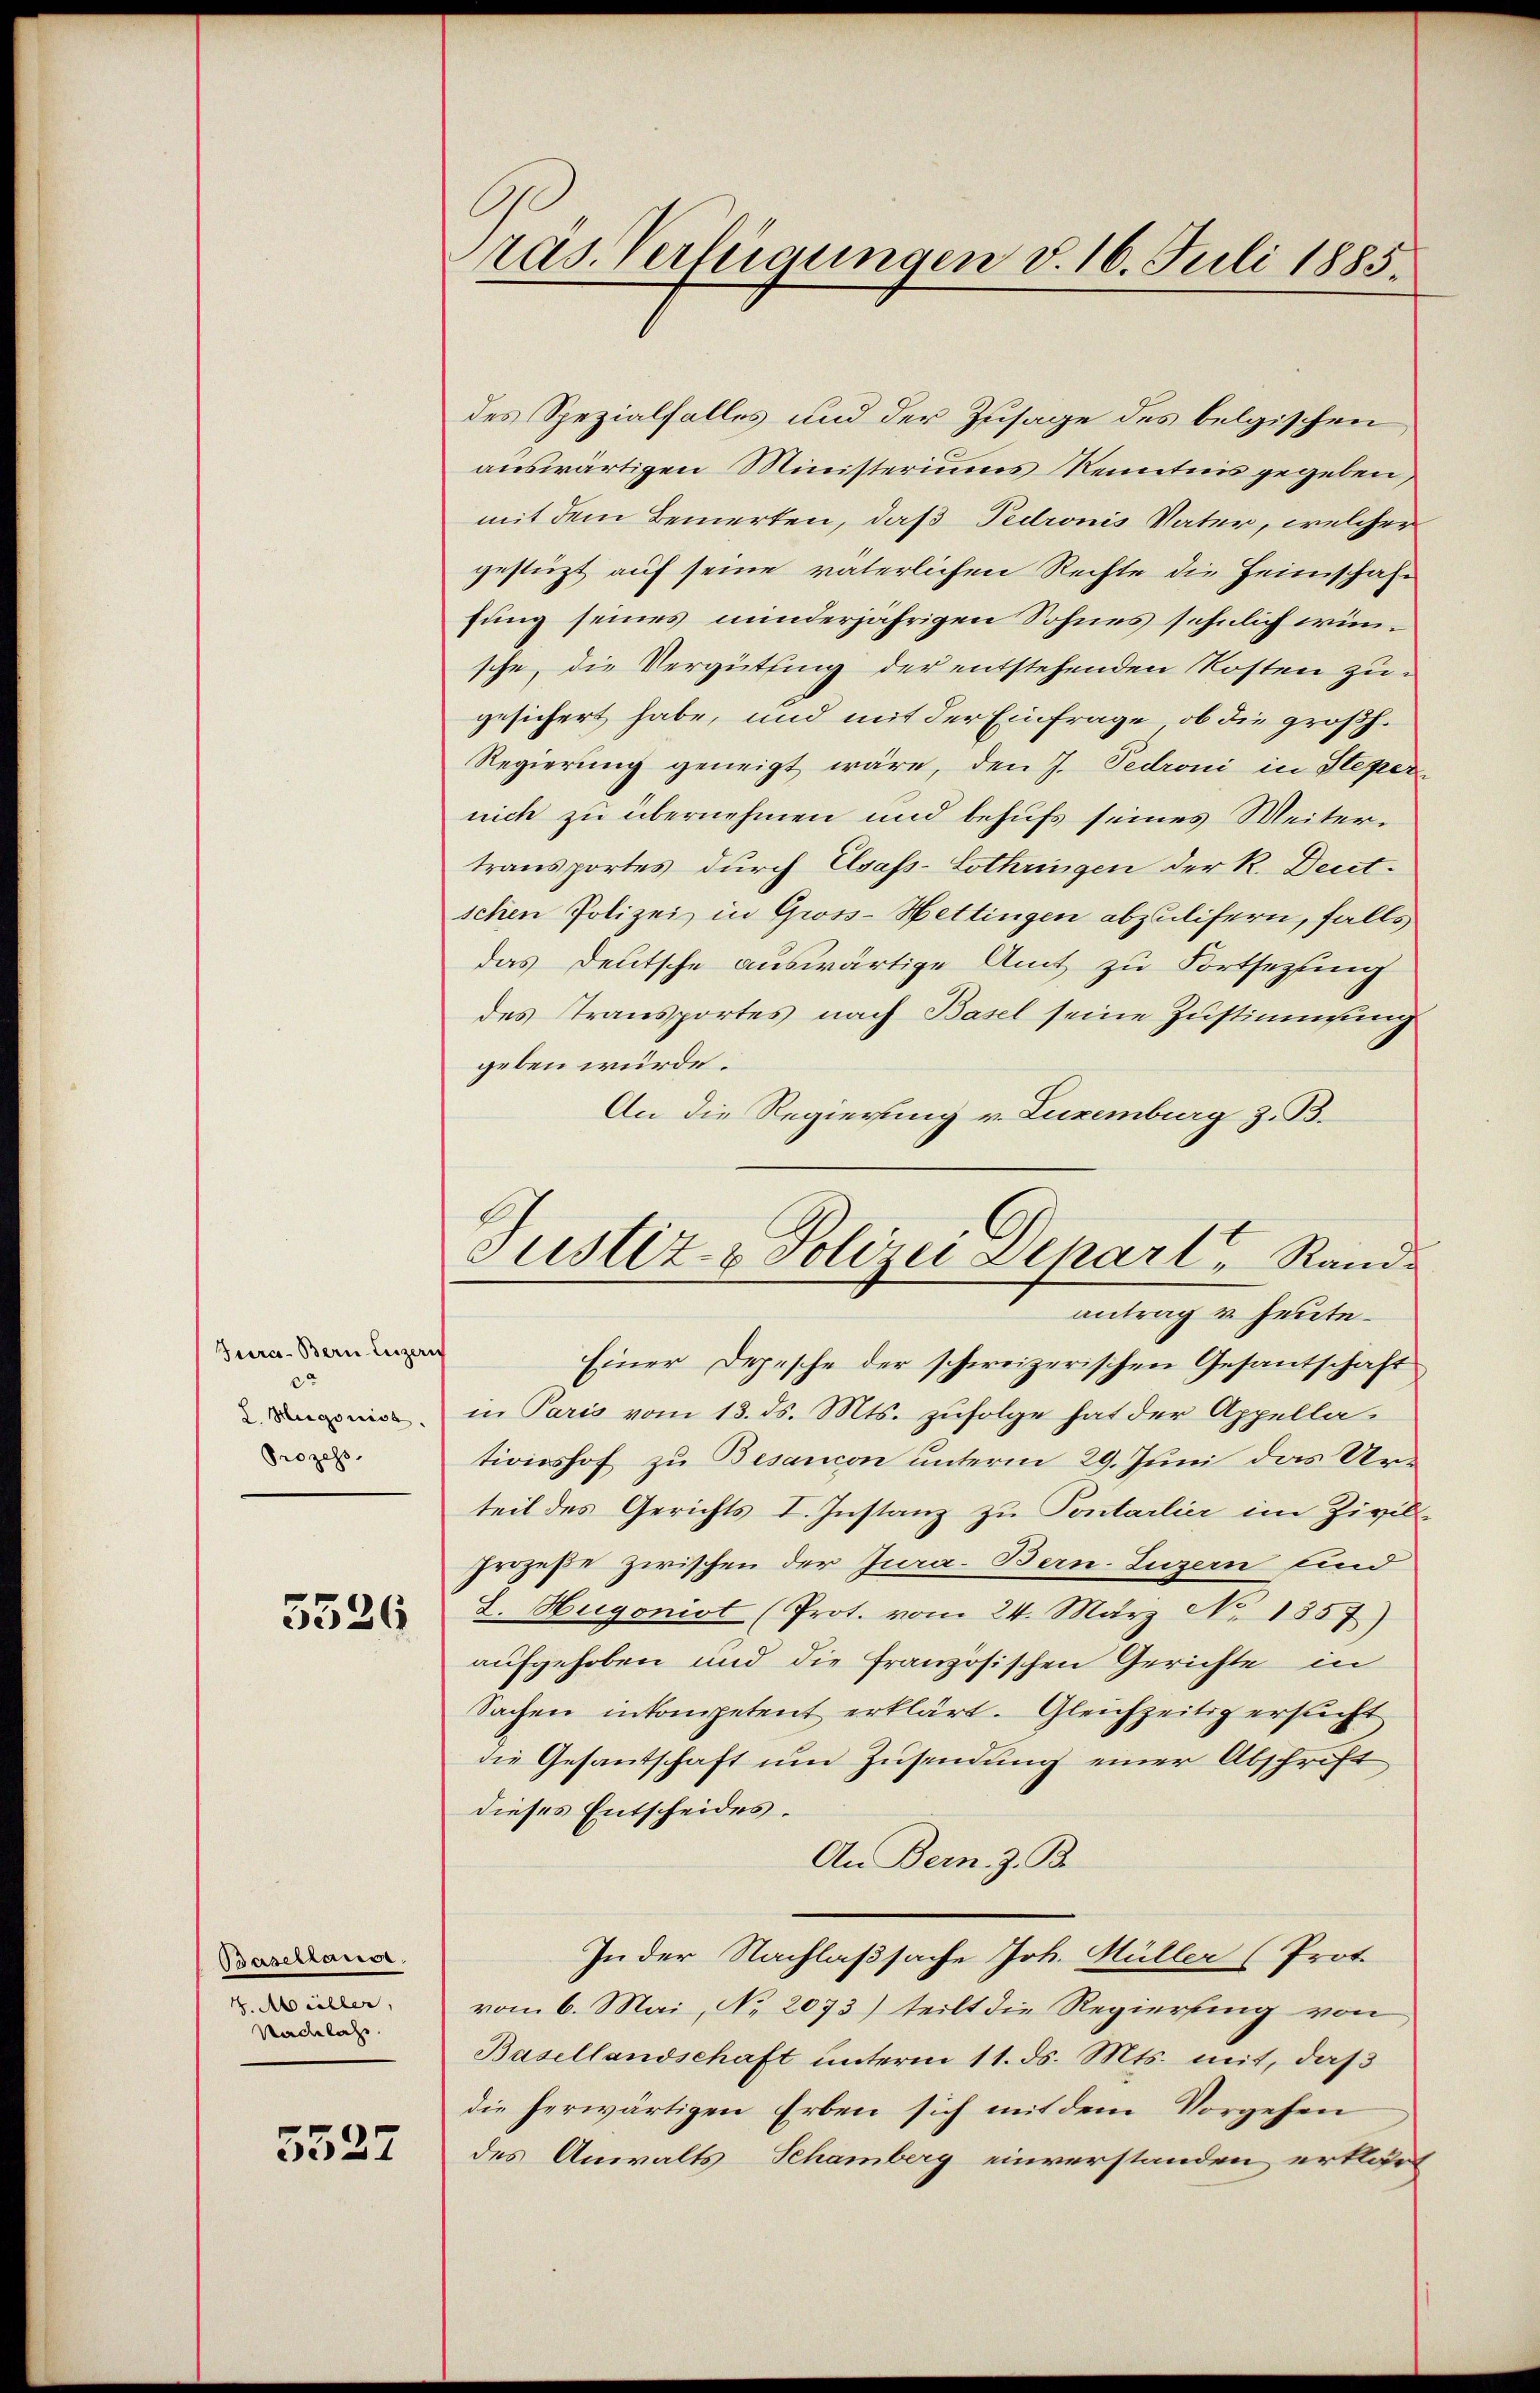
Jura. Bern Luzern
c
L. Hugorisa
Prozess

3526

Basellause.
1. Müller,
Nadelast.

5527

ras. Verfügungen d. 16. Juli 1885.

des Spezialfalles und der Zusage des belgischen
auswärtigen Ministeriums Kenntnis gegeben,
mit dem Bemerken, daß Pedronis Vater, welcher
gestüzt auf seine väterlichen Rechte die Heimschaft
fung seines minderjährigen Sohnes sehnlich einsche, die Vergütung der entstehenden Kosten zugesichert habe, und mit der Einfrage, ob die großh.
Regierung geneigt wäre, den J. Pedroni in Steper
nich zu übernehmen und behufs seines Weitertransportes durch Elsass-Lothringen der R. Deutschen Polizei in Gross-Hettingen abzulifern, falls
das Deutsche auswärtige Amt zu Fortsezung
des Transportes nach Basel seine Zustimmung
geben würde.
An die Regierung v. Luxemburg z. B.
Einer Depesche der schweizerischen Gesantschaft
in Paris vom 13. ds. Mts. zufolge hat der Appellationshof zu Besancon unterm 29. Juni das Urteil des Gerichts I. Instanz zu Pontarlier im Zivil-
Prozeße zwischen der Jura. Bern. Luzern sind
S. Hugonist (Prot. vom 24. März No 1557)
aufgehoben und die französischen Gerichte in
Sachen inkompetent erklärt. Gleichzeitig ersucht
die Gesantschaft um Zusendung einer Abschrift
dieses Entscheides.
An Bern. Z. B.
In der Nachlaßsache Joh. Müller (Prot.
vom 6. Mai, No 2073) teilt die Regierung von
Basellandschaft unterm 11. ds. Mts. mit, daß
die herwärtigen Erben sich mit dem Vorgehen
des Anwalts Schamberg einverstanden erklärt

Justiz- & Polizei Depart, Randantrag u. heute.